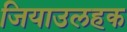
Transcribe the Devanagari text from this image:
जियाउलहक